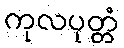
ကုလပုတ္တံ